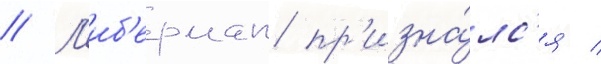
// Л'иб'ерман пр'изна́лс'я /